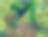
প্